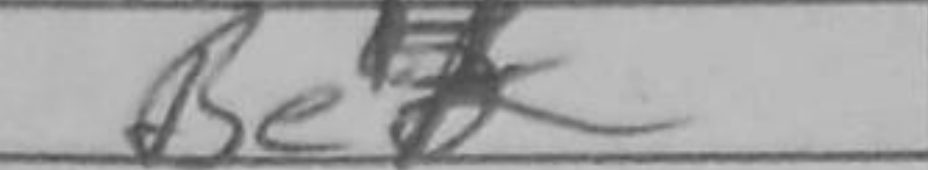
Transcription: Be4